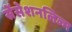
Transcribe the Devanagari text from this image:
सेंसेशनलिज्म